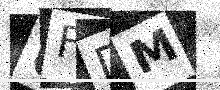
Text: UFDM